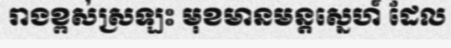
រាងខ្ពស់ស្រឡះ មុខមានមន្តស្នេហ៍ ដែល